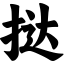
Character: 挞